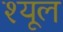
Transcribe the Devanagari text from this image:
श्यूल